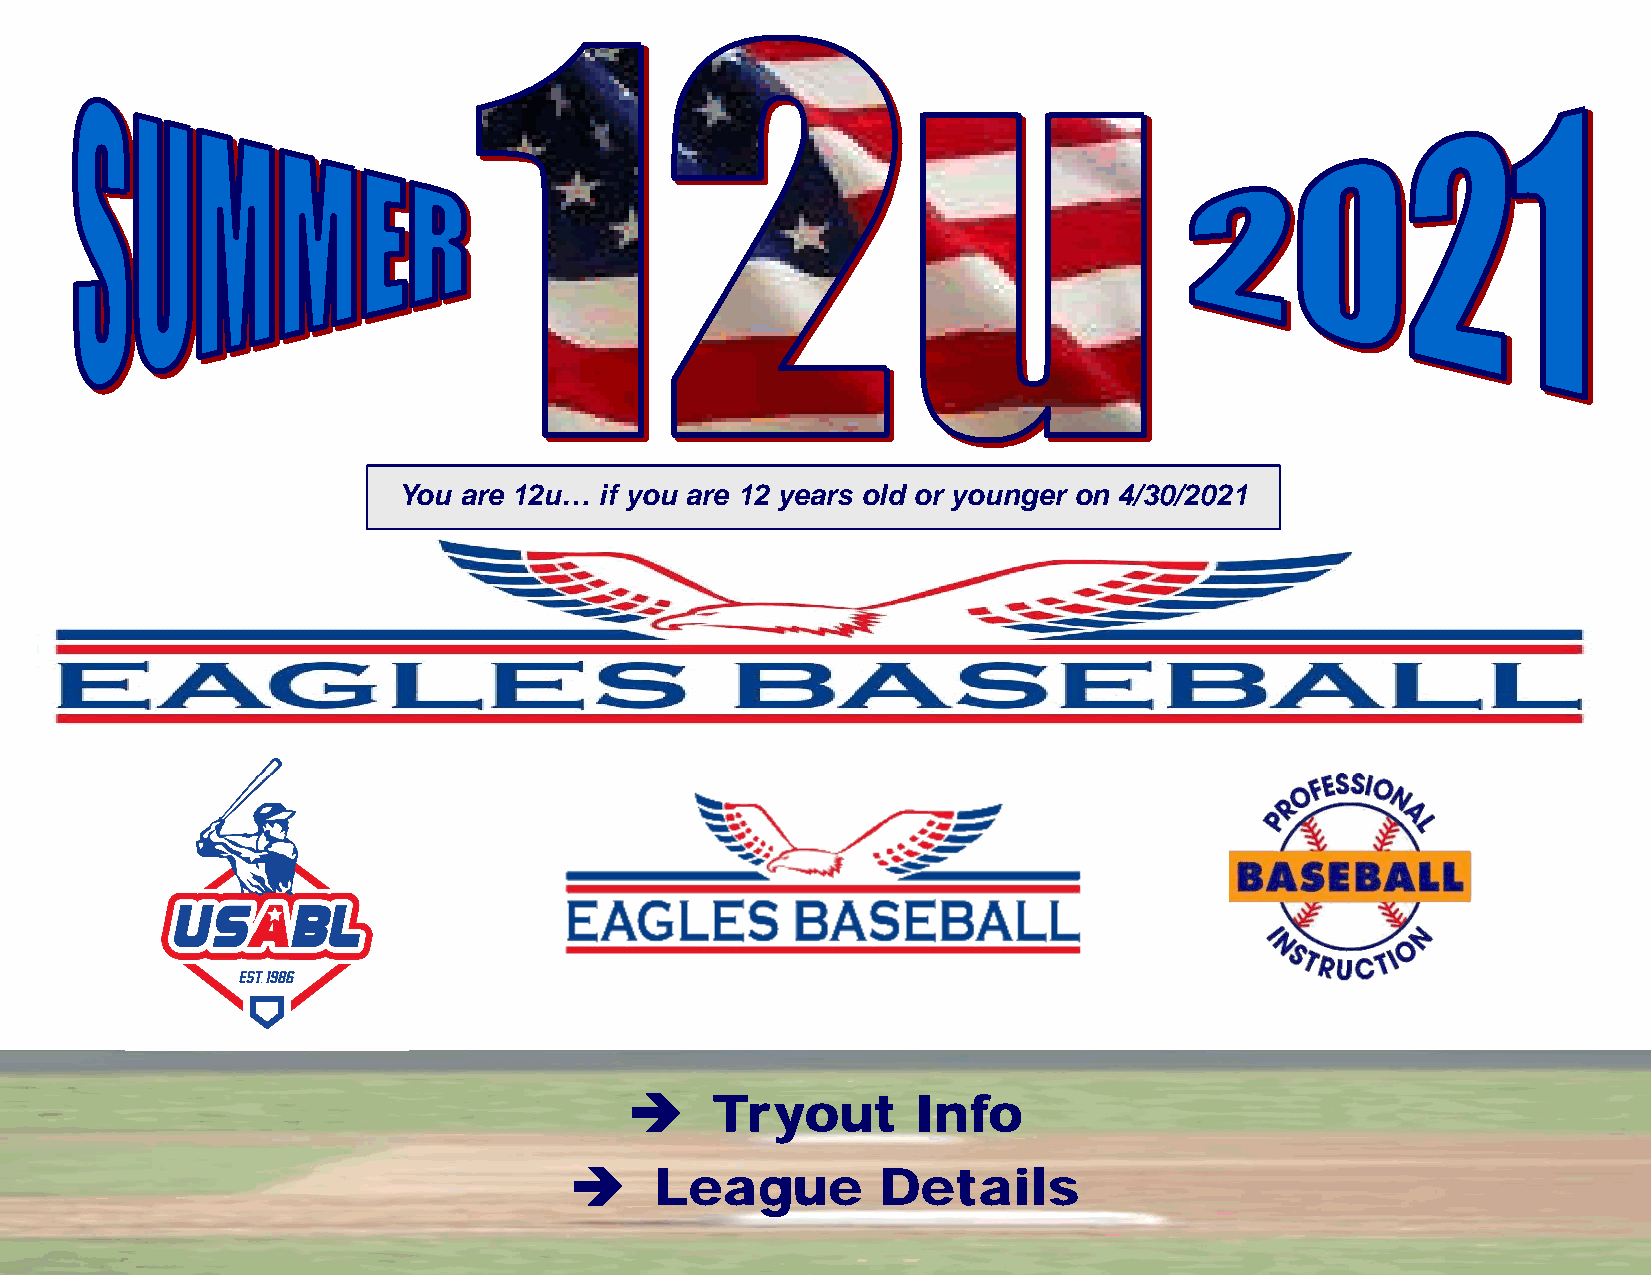
You are 12u…  if you are 12 years old or younger on 4/30/2021
     Tryout       Info
     League         Details